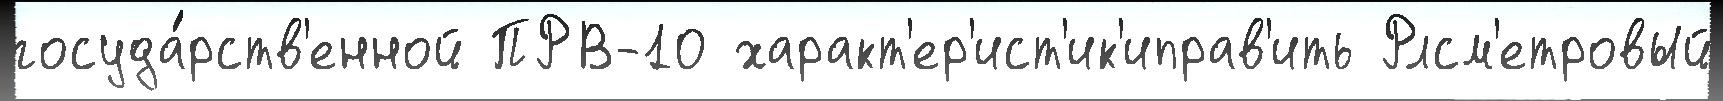
госуда́рств'енной ПРВ-10 характ'ер'ист'ик'иправ'ить Рлсм'етровый